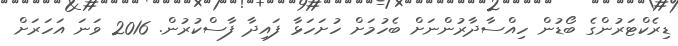
ޑިރެކްޓަރުންގެ ބޯޑުން ހިއްސާދާރުންނަށް ބެހުމަށް ހުށަހަޅާ ފައިދާ ފާސްކުރުން. 2016 ވަނަ އަހަރަށް